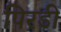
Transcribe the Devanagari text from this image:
पिरडी